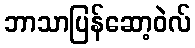
ဘာသာပြန်ဆော့ဝဲလ်